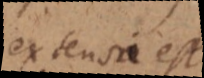
extensa est